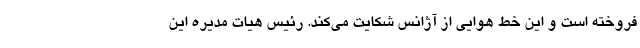
فروخته است و این خط هوایی از آژانس شکایت می‌کند. رئیس هیات مدیره این